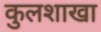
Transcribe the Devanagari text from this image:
कुलशाखा